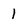
Character: 1